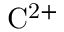
\mathrm { C ^ { 2 + } }